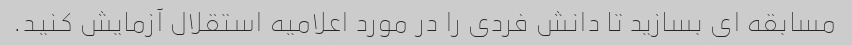
مسابقه ای بسازید تا دانش فردی را در مورد اعلامیه استقلال آزمایش کنید.